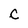
Character: c